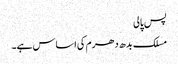
پس پالی
مسلک بدھ دھرم کی اساس ہے۔